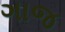
ગાજ